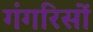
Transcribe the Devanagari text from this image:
गंगरिसों